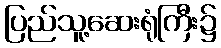
ပြည်သူ့ဆေးရုံကြီး၌